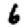
Digit: 6